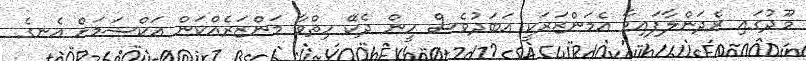
މޫދުގައި ރެދަންލާފައިވާ އެމަންޒަރަކީ އަބަދުވެސް ހީން ދެކޭ ހިތްވާ މަންޒަރެއްކަން އަކްޝަމަށް އެނގެ